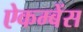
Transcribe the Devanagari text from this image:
ऐकम्बेंस